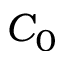
C _ { 0 }